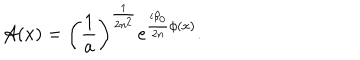
LaTeX: { \cal A } ( x ) = \left( \frac { 1 } { a } \right) ^ { \frac { 1 } { 2 n ^ { 2 } } } e ^ { \frac { i \beta _ { 0 } } { 2 n } \phi ( x ) } .